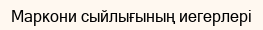
Маркони сыйлығының иегерлері